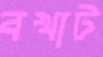
বখাট